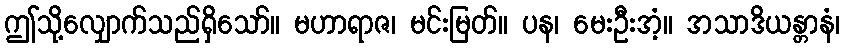
ဤသို့လျှောက်သည်ရှိသော်။ မဟာရာဇ၊ မင်းမြတ်။ ပန၊ မေးဦးအံ့။ အသာဒိယန္တာနံ၊